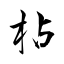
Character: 枮